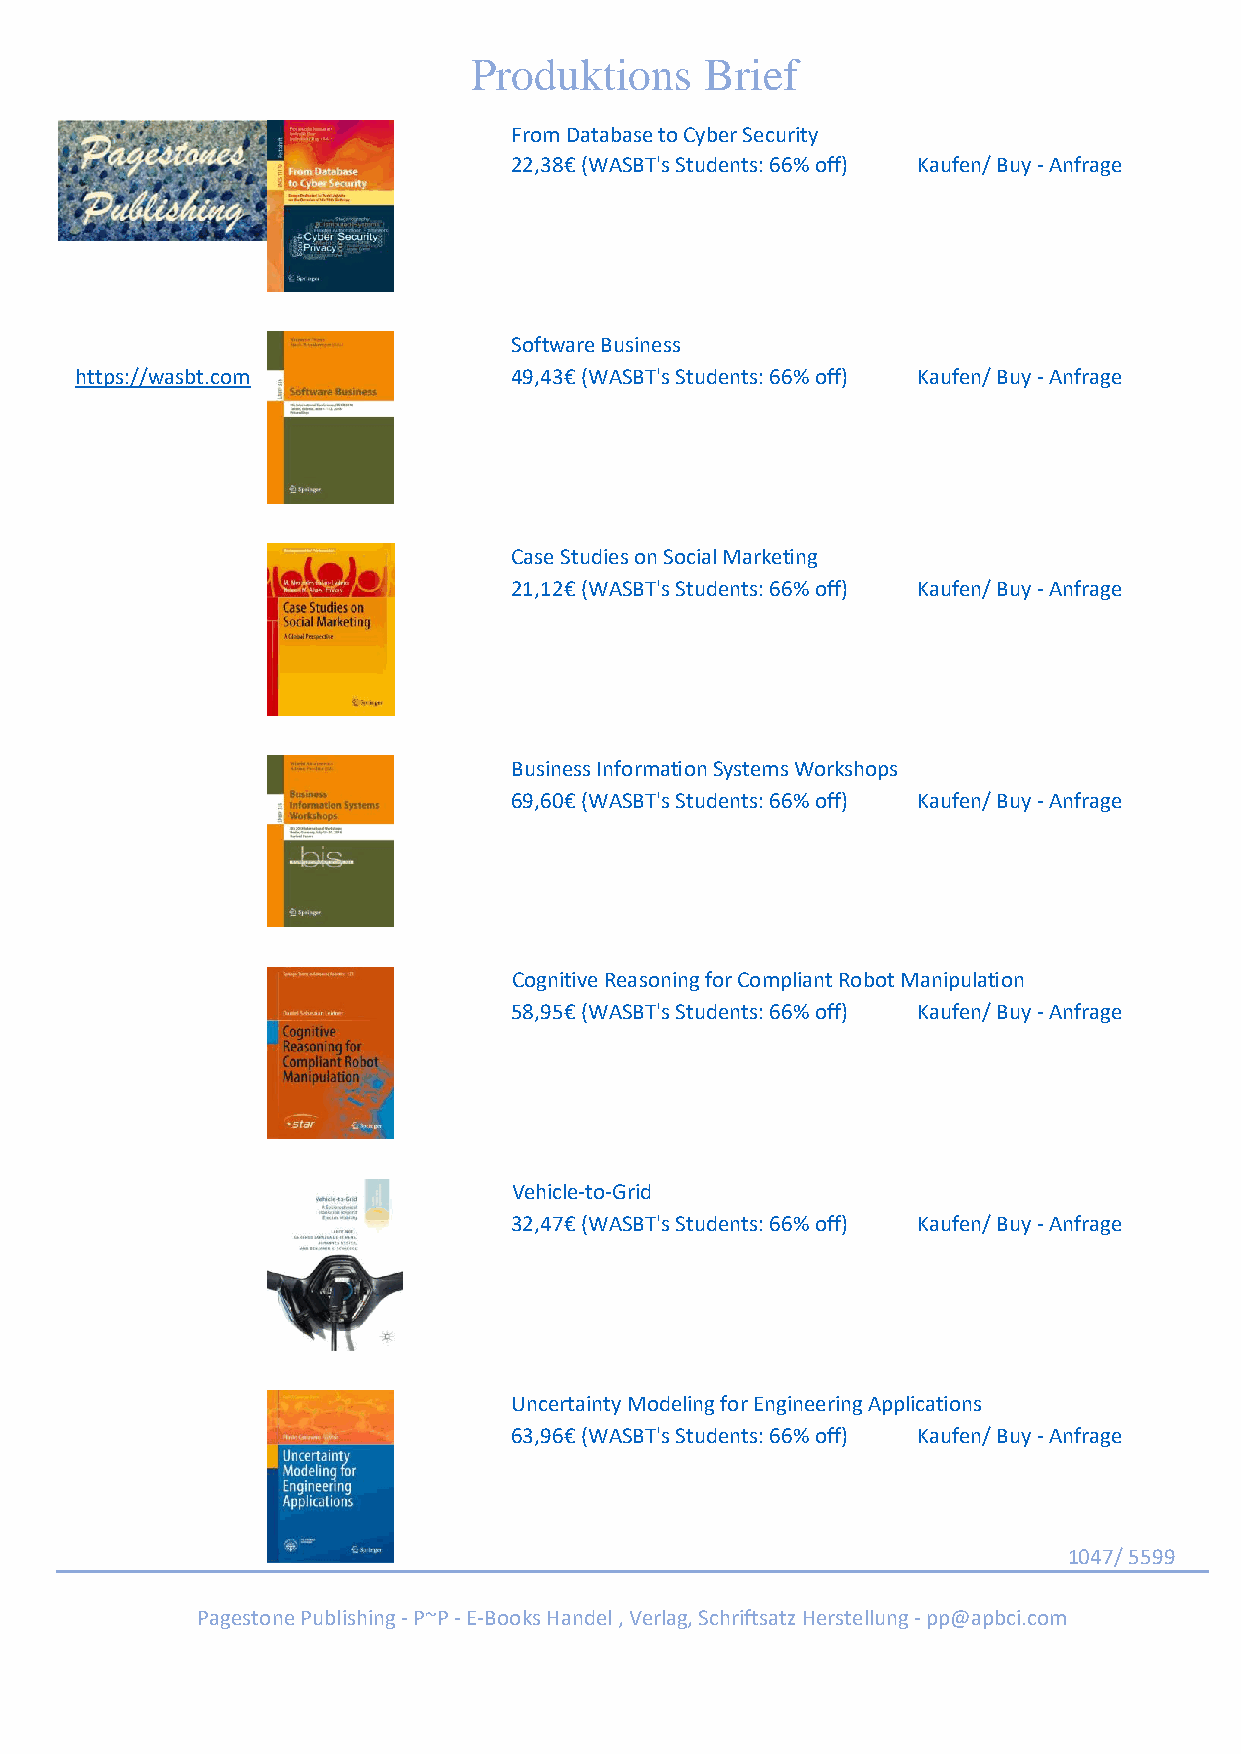
Produktions     Brief
 From Database to Cyber Security
 22,38€ (WASBT's Students: 66% off) Kaufen/ Buy - Anfrage
 Software Business
 https://wasbt.com            49,43€ (WASBT's Students: 66% off) Kaufen/ Buy - Anfrage
 Case Studies on Social Marketing
 21,12€ (WASBT's Students: 66% off) Kaufen/ Buy - Anfrage
 Business Information Systems Workshops
 69,60€ (WASBT's Students: 66% off) Kaufen/ Buy - Anfrage
 Cognitive Reasoning for Compliant Robot Manipulation
 58,95€ (WASBT's Students: 66% off) Kaufen/ Buy - Anfrage
 Vehicle-to-Grid
 32,47€ (WASBT's Students: 66% off) Kaufen/ Buy - Anfrage
 Uncertainty Modeling for Engineering Applications
 63,96€ (WASBT's Students: 66% off) Kaufen/ Buy - Anfrage
 1047/ 5599
 Pagestone Publishing - P~P - E-Books Handel , Verlag, Schriftsatz Herstellung - pp@apbci.com